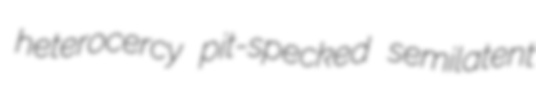
heterocercy pit-specked semilatent